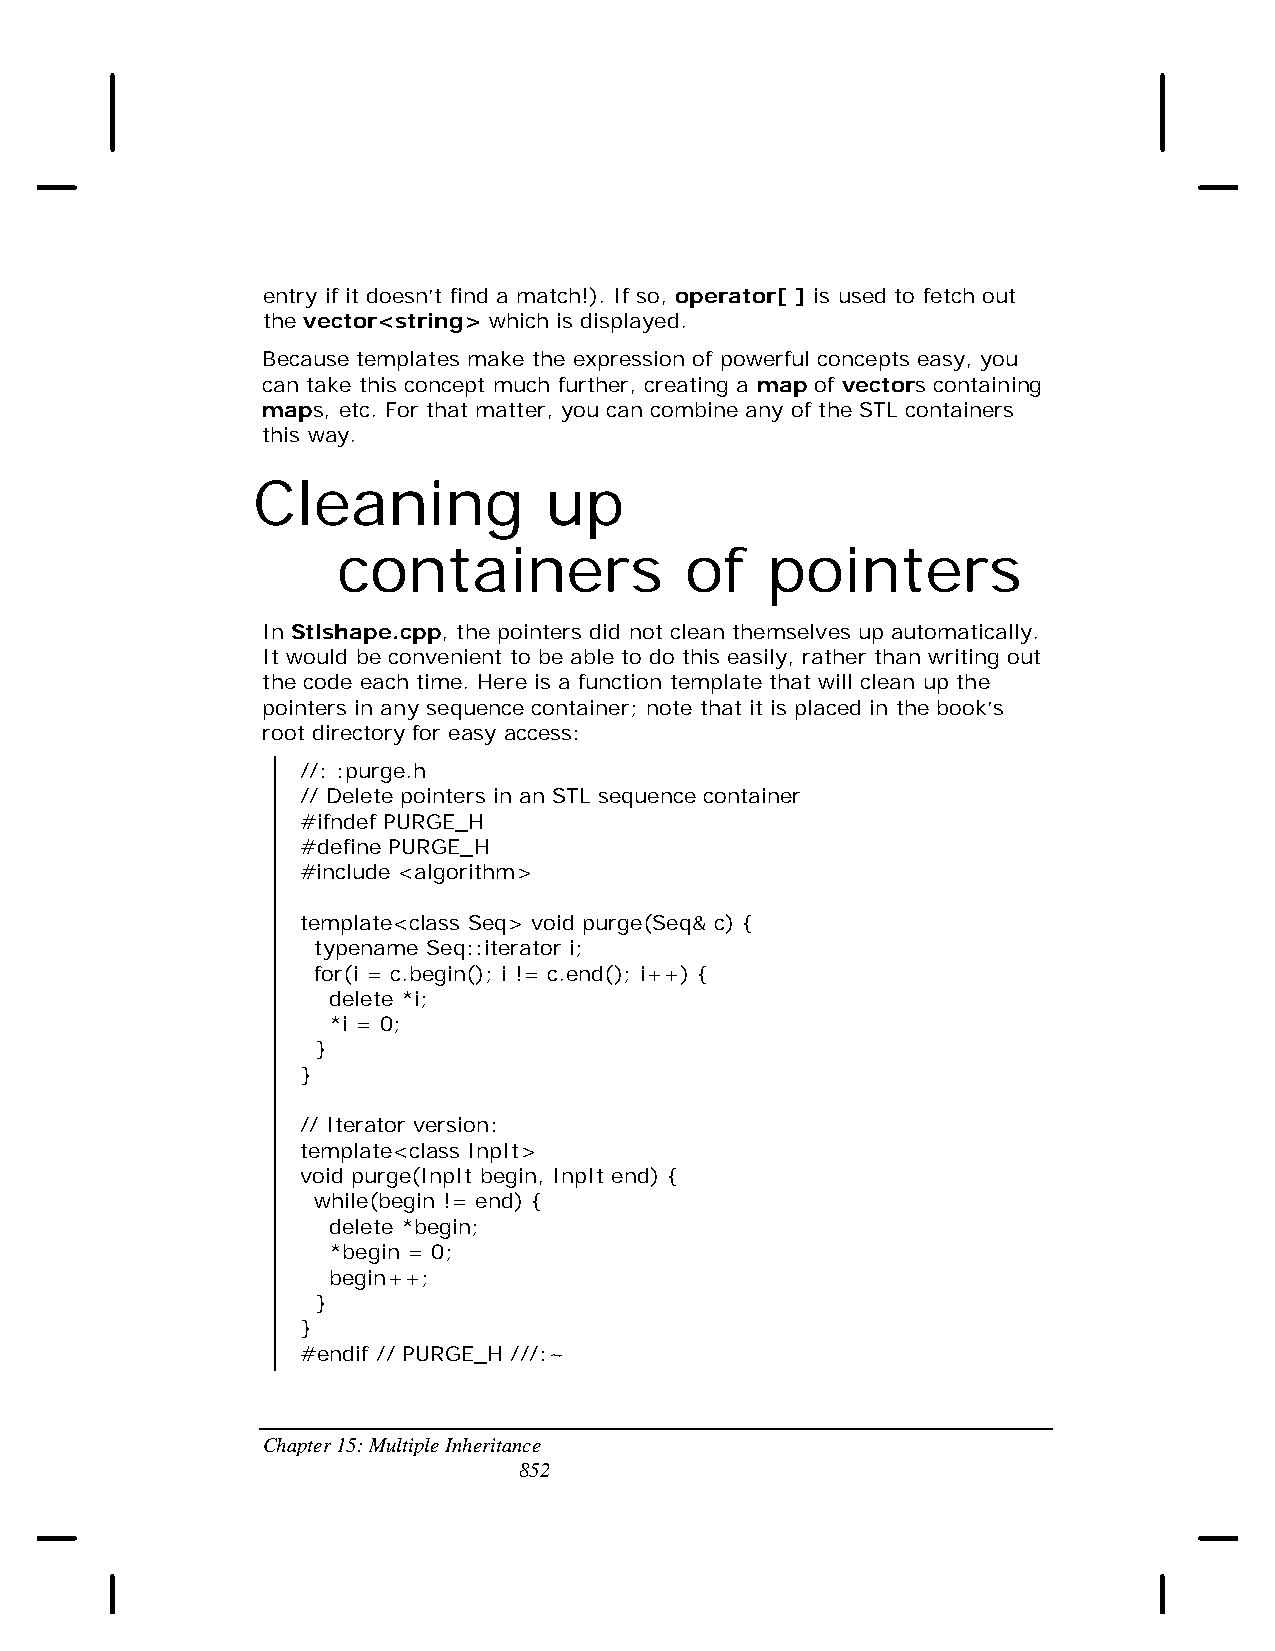
entry if it doesn’t find a match!). If so, operator[ ] is used to fetch out
 the vector<string> which is displayed.
 Because templates make the expression of powerful concepts easy, you
 can take this concept much further, creating a map of vectors containing
 maps, etc. For that matter, you can combine any of the STL containers
 this way.
 Cleaning           up
 containers             of    pointers
 In Stlshape.cpp, the pointers did not clean themselves up automatically.
 It would be convenient to be able to do this easily, rather than writing out
 the code each time. Here is a function template that will clean up the
 pointers in any sequence container; note that it is placed in the book’s
 root directory for easy access:
 //: :purge.h
 // Delete pointers in an STL sequence container
 #ifndef PURGE_H
 #define PURGE_H
 #include <algorithm>
 template<class Seq> void purge(Seq& c) {
 typename Seq::iterator i;
 for(i = c.begin(); i != c.end(); i++) {
 delete *i;
 *i = 0;
 }
 }
 // Iterator version:
 template<class InpIt>
 void purge(InpIt begin, InpIt end) {
 while(begin != end) {
 delete *begin;
 *begin = 0;
 begin++;
 }
 }
 #endif // PURGE_H ///:~
 Chapter 15: Multiple Inheritance
 852